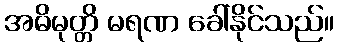
အဓိမုတ္တိ မရဏ ခေါ်နိုင်သည်။